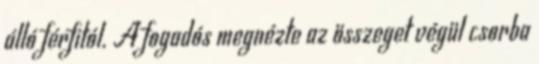
álló férfitól. A fogadós megnézte az összeget végül csorba